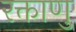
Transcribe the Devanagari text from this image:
रक्ताणु